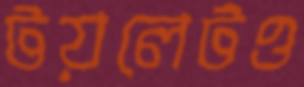
টয়লেটও